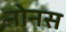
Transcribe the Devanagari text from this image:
नोनस